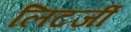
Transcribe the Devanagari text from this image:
लिटर्जी